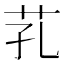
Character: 芤